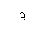
Letter: _dal